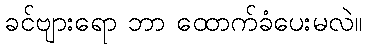
ခင်ဗျားရော ဘာ ထောက်ခံပေးမလဲ။